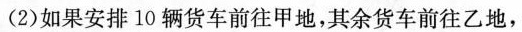
(2)如果安排10辆货车前往甲地，其余货车前往乙地，